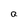
Character: a